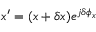
x ^ { \prime } = ( x + \delta x ) e ^ { j \delta \phi _ { x } }